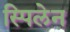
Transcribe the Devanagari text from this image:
स्पिलेन